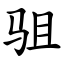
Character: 驵